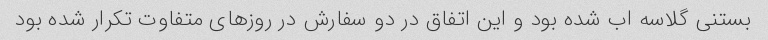
بستنی گلاسه اب شده بود و این اتفاق در دو سفارش در روزهای متفاوت تکرار شده بود